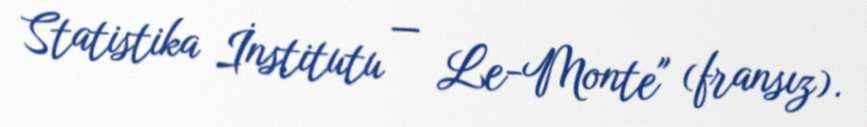
Statistika İnstitutu — Le-Monte" (fransız).